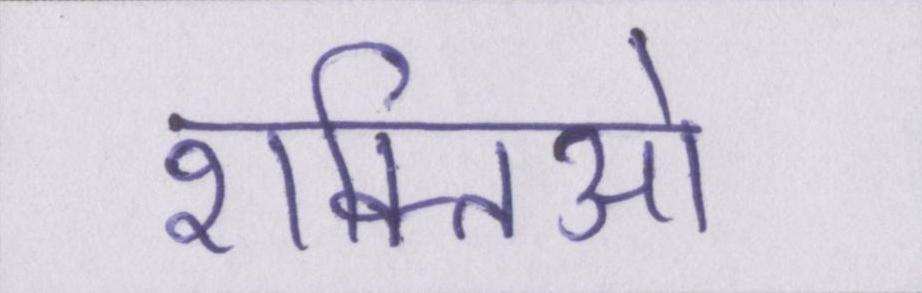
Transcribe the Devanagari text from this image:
शक्तिओ